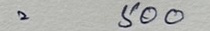
= 500